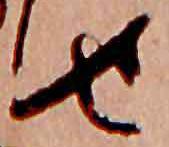
せ